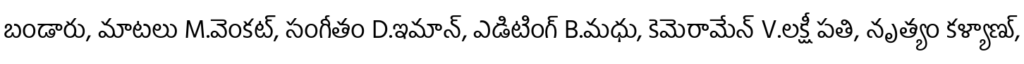
బండారు, మాటలు M.వెంకట్, సంగీతం D.ఇమాన్, ఎడిటింగ్ B.మధు, కెమెరామేన్ V.లక్షీ పతి, నృత్యం కళ్యాణ్,